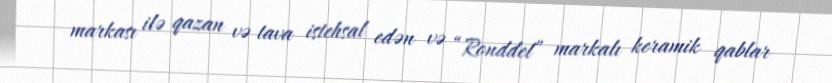
markası ilə qazan və tava istehsal edən və “Ronddel” markalı keramik qablar